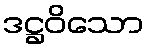
ဒဋ္ဌဝိသော